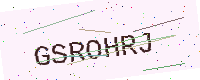
Text: GSROHRJ